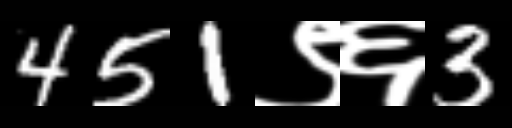
Text: 451९६3